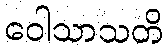
ဝေါသာသတိ